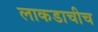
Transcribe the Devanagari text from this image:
लाकडाचीच